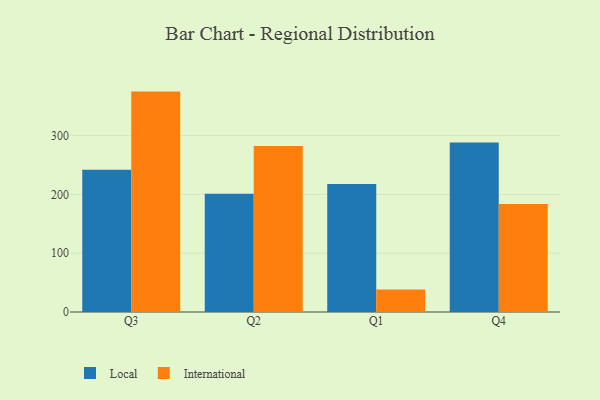
{"axis": {"x": "Quarter", "y": "Customer Acquisition Cost (USD)"}, "legend": ["International", "Local"], "data": [{"x": "Q3", "y": 242.0, "type": "Local"}, {"x": "Q3", "y": 374.7, "type": "International"}, {"x": "Q2", "y": 201.1, "type": "Local"}, {"x": "Q2", "y": 282.1, "type": "International"}, {"x": "Q1", "y": 217.5, "type": "Local"}, {"x": "Q1", "y": 38.2, "type": "International"}, {"x": "Q4", "y": 288.1, "type": "Local"}, {"x": "Q4", "y": 183.7, "type": "International"}]}